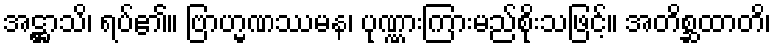
အဋ္ဌာသိ၊ ရပ်၏။ ဗြာဟ္မဏဿမန၊ ပုဏ္ဏားကြားမည်စိုးသဖြင့်။ အတိစ္ဆထာတိ၊